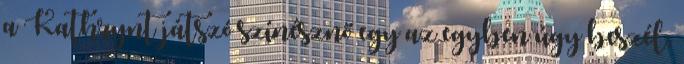
a Kathrynt játszó színésznő egy az egyben úgy beszél,